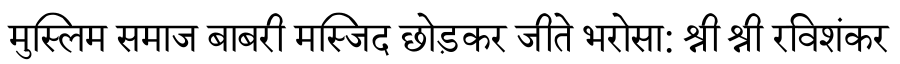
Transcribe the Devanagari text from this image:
मुस्लिम समाज बाबरी मस्जिद छोड़कर जीते भरोसा: श्री श्री रविशंकर